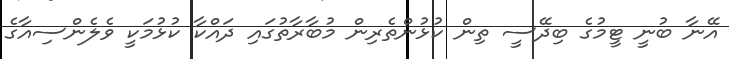
އޭނާ ބުނީ ޓީމުގެ ބިދޭސީ ތިން ކުޅުންތެރިން މުބާރާތުގައި ދައްކާ ކުޅުމަކީ ވެލެންސިއާގެ